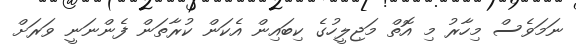
ނަމަވެސް މިހާރު މި އޮތް މަޖިލީހުގެ ކިބައިން އެކަން ކުރާތަން ފެންނަނީ ވަރަށް